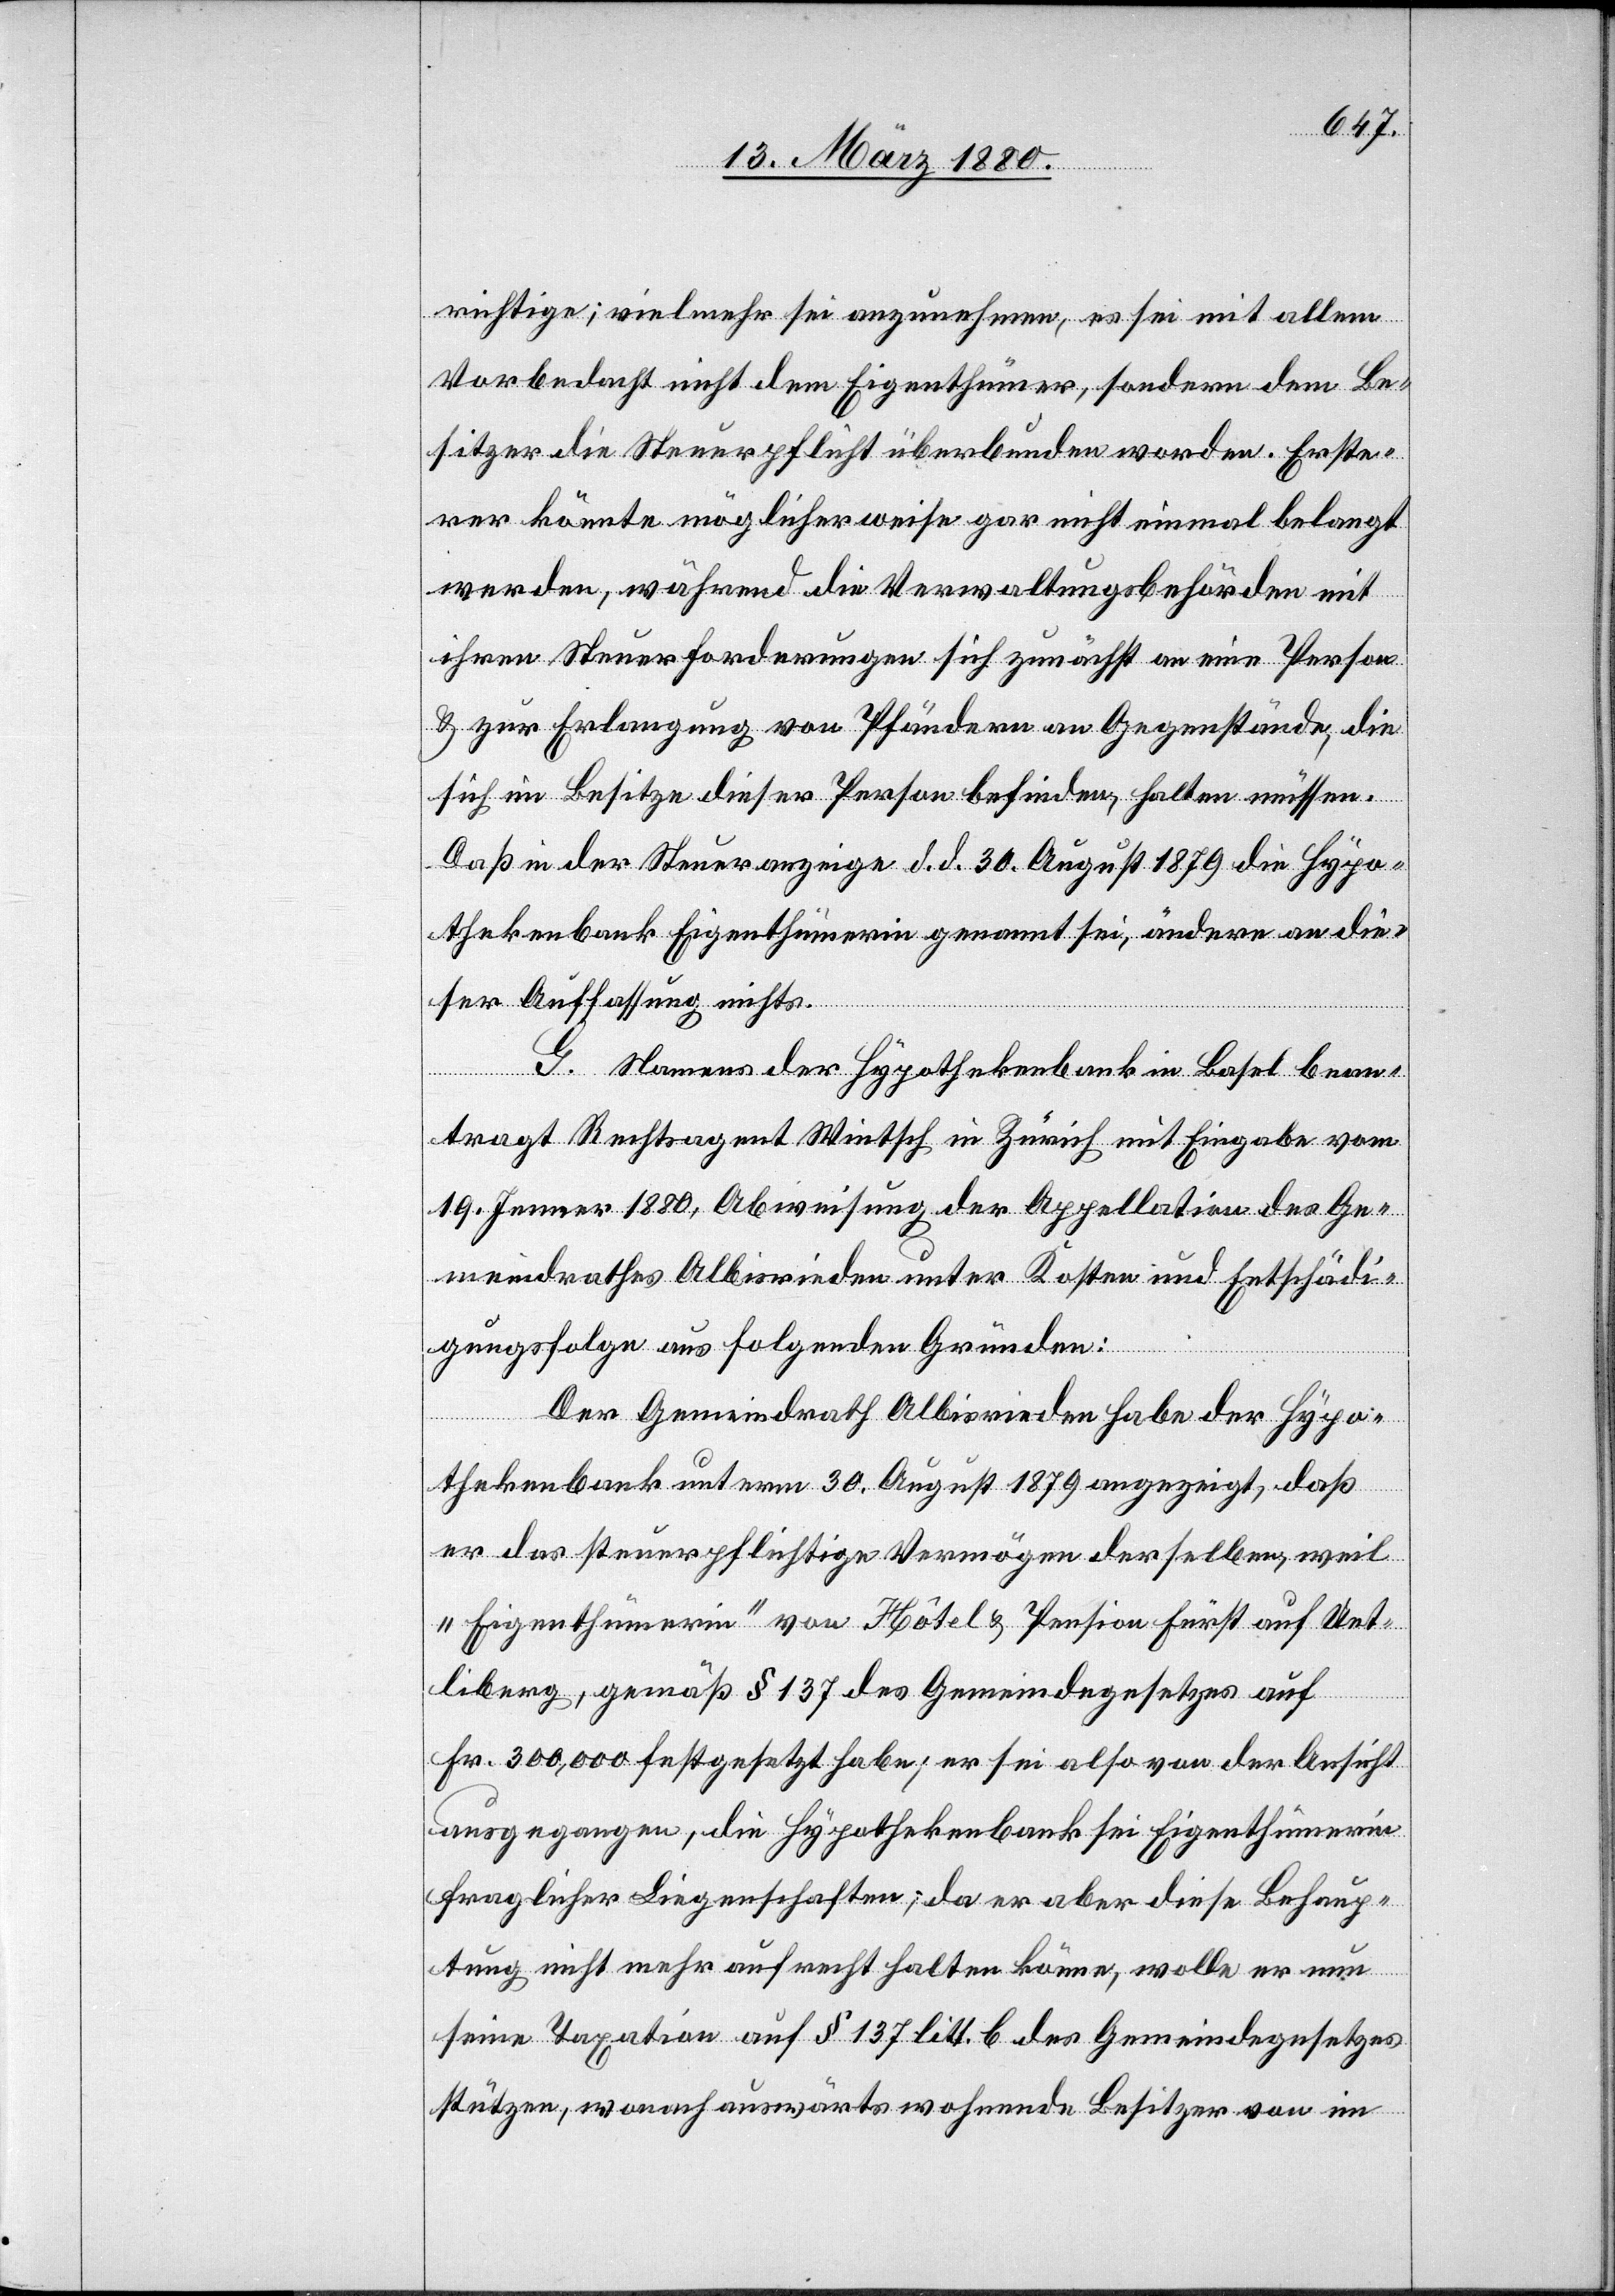
richtige; vielmehr sei anzunehmen, es sei mit allem
Vorbedacht nicht dem Eigenthümer, sondern dem Be¬
sitzer die Steuerpflicht überbunden worden. Erste¬
rer könnte möglicherweise gar nicht einmal belangt
werden, während die Verwaltungsbehörden mit
ihren Steuerforderungen sich zunächst an eine Person
& zur Erlangung von Pfändern an Gegenstände, die
sich im Besitze dieser Person befinden, halten müssen.
Daß in der Steueranzeige d. d. 30. August 1879 die Hypo¬
thekenbank Eigenthümerin genannt sei, ändere an die¬
ser Auffassung nichts.
G. Namens der Hypothekenbank in Basel bean¬
tragt Rechtagent Wintsch in Zürich mit Eingabe vom
19. Jenner 1880, Abweisung der Appellation des Ge¬
meindrathes Albisrieden unter Kosten und Entschädi¬
gungsfolge aus folgenden Gründen:
Der Gemeindrath Albisrieden habe der Hypo¬
thekenbank unterm 30. August 1879 angezeigt, daß
er das steuerpflichtige Vermögen derselben, weil
„Eigenthümerin“ von Hôtel & Pension Fürst auf Uet¬
liberg, gemäß § 137 des Gemeindegesetzes auf
Fr. 300, 000 festgesetzt habe; er sei also von der Ansicht
ausgegangen, die Hypothekenbank sei Eigenthümerin
fraglicher Liegenschaften; da er aber diese Behaup¬
tung nicht mehr aufrecht halten könne, wolle er nun
seine Taxation auf § 137 litt. b des Gemeindegesetzes
stützen, wonach auswärts wohnende Besitzer von im